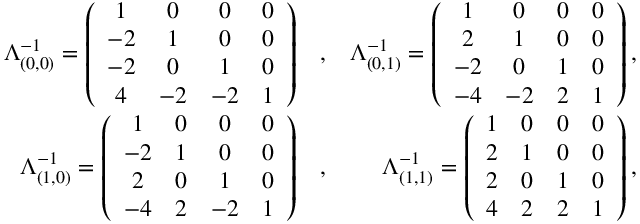
\begin{array} { r l r } { \Lambda _ { ( 0 , 0 ) } ^ { - 1 } = \left( \begin{array} { c c c c } { 1 } & { 0 } & { 0 } & { 0 } \\ { - 2 } & { 1 } & { 0 } & { 0 } \\ { - 2 } & { 0 } & { 1 } & { 0 } \\ { 4 } & { - 2 } & { - 2 } & { 1 } \end{array} \right) } & { , } & { \Lambda _ { ( 0 , 1 ) } ^ { - 1 } = \left( \begin{array} { c c c c } { 1 } & { 0 } & { 0 } & { 0 } \\ { 2 } & { 1 } & { 0 } & { 0 } \\ { - 2 } & { 0 } & { 1 } & { 0 } \\ { - 4 } & { - 2 } & { 2 } & { 1 } \end{array} \right) , } \\ { \Lambda _ { ( 1 , 0 ) } ^ { - 1 } = \left( \begin{array} { c c c c } { 1 } & { 0 } & { 0 } & { 0 } \\ { - 2 } & { 1 } & { 0 } & { 0 } \\ { 2 } & { 0 } & { 1 } & { 0 } \\ { - 4 } & { 2 } & { - 2 } & { 1 } \end{array} \right) } & { , } & { \Lambda _ { ( 1 , 1 ) } ^ { - 1 } = \left( \begin{array} { c c c c } { 1 } & { 0 } & { 0 } & { 0 } \\ { 2 } & { 1 } & { 0 } & { 0 } \\ { 2 } & { 0 } & { 1 } & { 0 } \\ { 4 } & { 2 } & { 2 } & { 1 } \end{array} \right) , } \end{array}